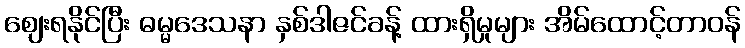
ဈေးရနိုင်ပြီး ဓမ္မဒေသနာ နှစ်ဒါဇင်ခန့် ထားရှိမှုများ အိမ်ထောင့်တာဝန်